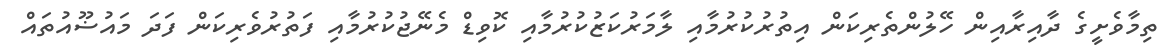
ތިމާވެށީގެ ދާއިރާއިން ހޭލުންތެރިކަން އިތުރުކުރުމާއި ލާމަރުކަޒުކުރުމާއި ކޮވިޑް މެނޭޖުކުރުމާއި ފަތުރުވެރިކަން ފަދަ މައުޟޫއުތައް